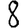
Digit: 8